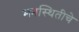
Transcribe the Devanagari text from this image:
मनस्थितीचे